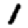
Digit: 1